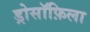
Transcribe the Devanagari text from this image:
ड्रोसॉफ़िला